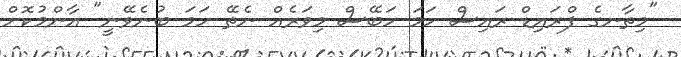
"މިތާނގެ ފްރައިޑް ރައިސް ހަމަ ހަބޭސް މިވަރެއް ނެތޭ ހަމަ ބުނެވޭނީ" އާންމުކޮށް